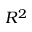
R ^ { 2 }